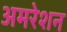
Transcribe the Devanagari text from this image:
अमरेशन